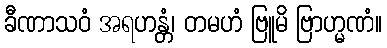
ခီဏာသဝံ အရဟန္တံ၊ တမဟံ ဗြူမိ ဗြာဟ္မဏံ။